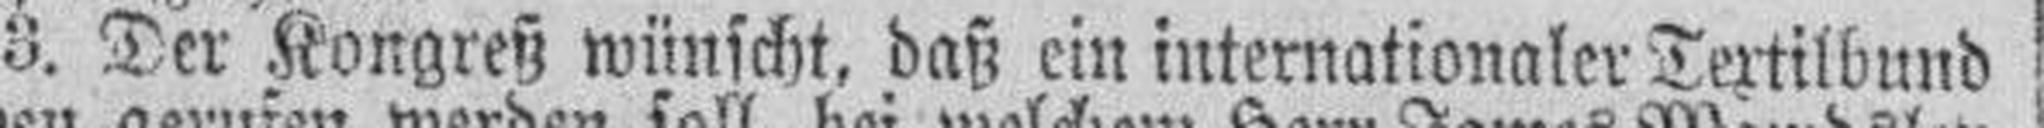
3. Der Kongreß wünscht, daß ein internationaler Textilbund